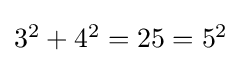
\textstyle 3^{2}+4^{2}=25=5^{2}